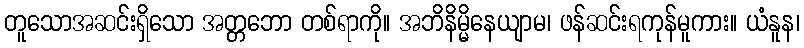
တူသောအဆင်းရှိသော အတ္တဘော တစ်ရာကို။ အဘိနိမ္မိနေယျာမ၊ ဖန်ဆင်းရကုန်မူကား။ ယံနူန၊